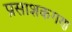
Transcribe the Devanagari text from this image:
प्रसाशकगण